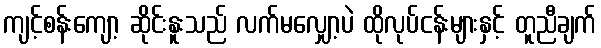
ကျင့်စန်းကျော့ ဆိုင်းနူးသည် လက်မလျှော့ပဲ ထိုလုပ်ငန်းများနှင့် တူညီချက်